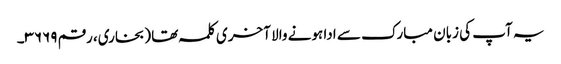
یہ آپ کی زبان مبارک سے ادا ہونے والا آخری کلمہ تھا (بخاری، رقم ۳۶۶۹۔